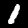
Label: 1